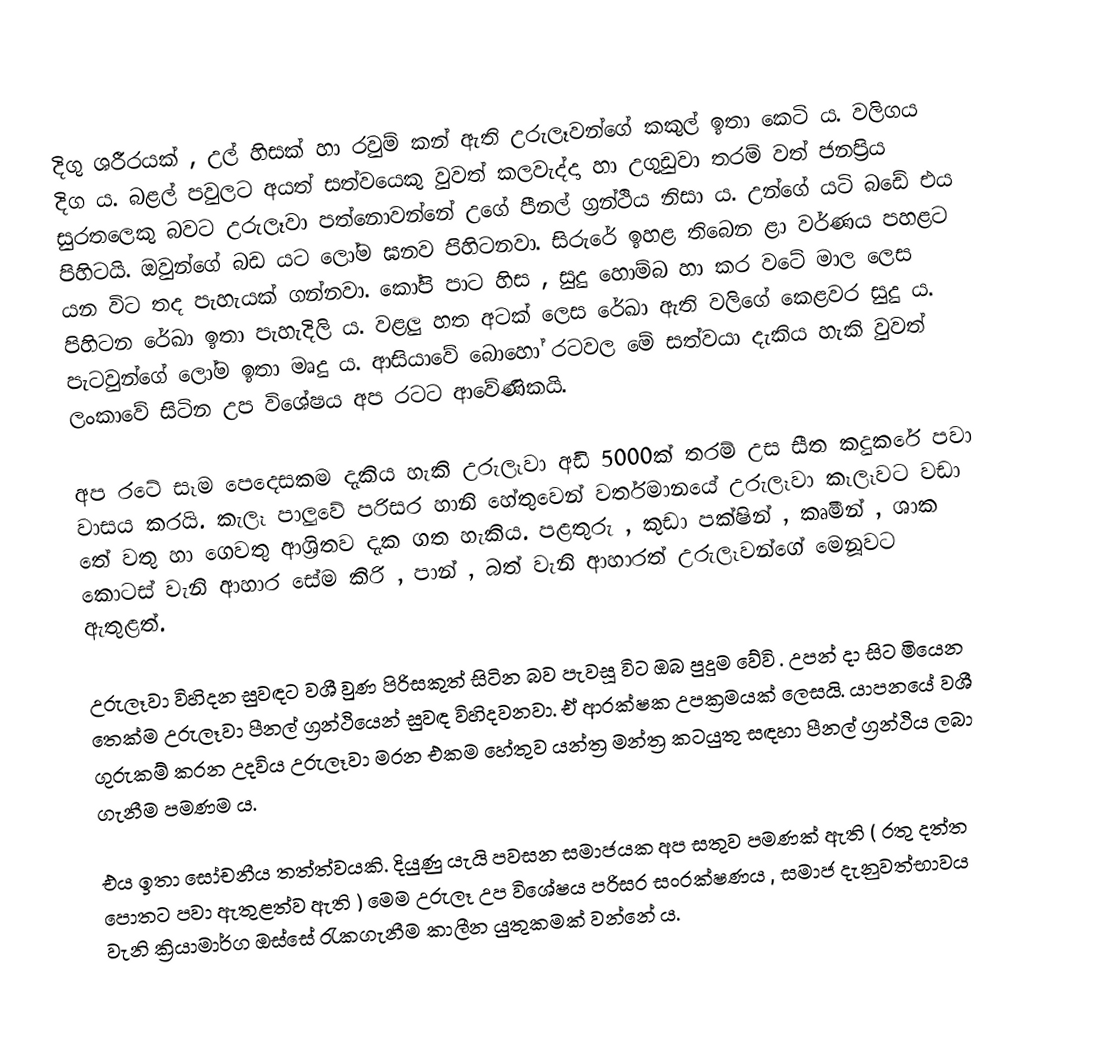
දිගු ශරීරයක් , උල් හිසක් හා රවුම් කන් ඇති උරුලෑවන්ගේ කකුල් ඉතා කෙටි ය. වලිගය දිග ය. බළල් පවුලට අයත් සත්වයෙකු වුවත් කලවැද්දා හා උගුඩුවා තරම් වත් ජනප්‍රිය සුරතලෙකු බවට උරුලෑවා පත්නොවන්නේ උගේ පීනල් ග්‍රන්ථිය නිසා ය.  උන්ගේ යටි බඩේ එය පිහිටයි. ඔවුන්ගේ බඩ යට ලෝම ඝනව පිහිටනවා. සිරුරේ ඉහළ තිබෙන ළා වර්ණය පහළට යන විට තද පැහැයක් ගන්නවා. කෝපි පාට හිස , සුදු හොම්බ හා කර වටේ  මාල ලෙස පිහිටන රේඛා ඉතා පැහැදිලි ය. වළලු හත අටක් ලෙස රේඛා ඇති වලිගේ කෙළවර සුදු ය. පැටවුන්ගේ ලෝම ඉතා මෘදු ය. ආසියාවේ බොහෝ රටවල මේ සත්වයා දැකිය හැකි වුවත් ලංකාවේ සිටින උප විශේෂය අප රටට ආවේණිකයි.

අප රටේ සෑම පෙදෙසකම දැකිය හැකි උරුලෑවා අඩි 5000ක් තරම් උස සීත කදුකරේ පවා වාසය කරයි. කැලෑ පාලුවේ පරිසර හානි හේතුවෙන් වර්තමානයේ උරුලෑවා කෑලෑවට වඩා තේ වතු හා ගෙවතු ආශ්‍රිතව දැක ගත හැකිය. පළතුරු , කුඩා පක්ෂින් , කෘමීන් , ශාක කොටස් වැනි ආහාර සේම කිරි , පාන් , බත් වැනි ආහාරත් උරුලෑවන්ගේ  මෙනූවට ඇතුළත්.

උරුලෑවා විහිදන සුවඳට වශී වුණ පිරිසකුත් සිටින බව පැවසූ විට ඔබ පුදුම වේවි . උපන් දා සිට මියෙන තෙක්ම උරුලෑවා පීනල් ග්‍රන්ථියෙන් සුවඳ විහිදවනවා. ඒ ආරක්ෂක උපක්‍රමයක් ලෙසයි. යාපනයේ වශී ගුරුකම් කරන උදවිය උරුලෑවා මරන එකම හේතුව යන්ත්‍ර මන්ත්‍ර කටයුතු සඳහා පීනල් ග්‍රන්ථිය ලබා ගැනීම පමණම ය.

එය ඉතා සෝචනීය තත්ත්වයකි. දියුණු යැයි පවසන සමාජයක අප සතුව පමණක් ඇති ( රතු දත්ත පොතට පවා ඇතුළත්ව ඇති ) මෙම උරුලෑ උප විශේෂය පරිසර සංරක්ෂණය , සමාජ දැනුවත්භාවය වැනි ක්‍රියාමාර්ග ඔස්සේ රැකගැනීම කාලීන යුතුකමක් වන්නේ ය.